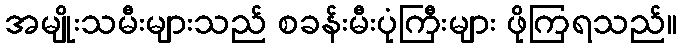
အမျိုးသမီးများသည် စခန်းမီးပုံကြီးများ ဖိုကြရသည်။